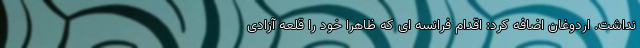
نداشت. اردوغان اضافه کرد: اقدام فرانسه ای که ظاهراً خود را قلعه آزادی